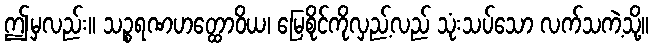
ဤမှလည်း။ သဉ္စရဏဟတ္ထောဝိယ၊ မြေစိုင်ကိုလှည့်လည် သုံးသပ်သော လက်သကဲ့သို့။